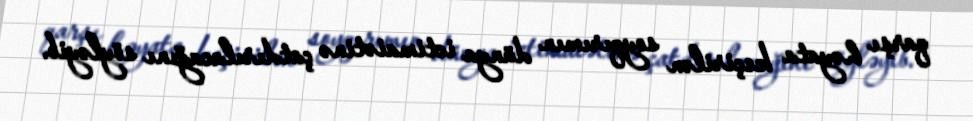
qarşı həyata keçirilən soyqırımın dünya ictimaiətinə çatdırılacağını söyləyib.